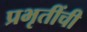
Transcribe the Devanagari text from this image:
प्रभृतींची